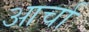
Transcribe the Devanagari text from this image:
आर्चा